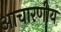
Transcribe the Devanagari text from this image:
आचारणीय